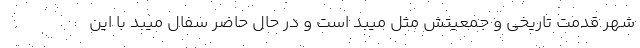
شهر قدمت تاریخی و جمعیتش مثل میبد است و در حال حاضر سفال میبد با این